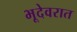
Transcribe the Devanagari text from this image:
भूदेवरात